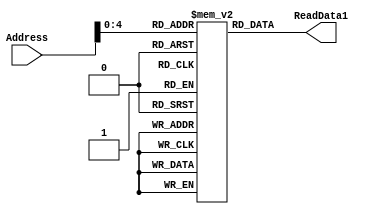
`timescale 1ns / 1ns

module Instruction_Memory(Address, ReadData1);
parameter BITSIZE = 32;
parameter REGSIZE = 32;
input [REGSIZE-1:0] Address;
output reg [BITSIZE-1:0] ReadData1;

reg [BITSIZE-1:0] memory_file [0:REGSIZE-1]; // Entire list of memory


// Asyncronous read of memory. Was not specified.
always @(Address, memory_file[Address])
begin
ReadData1 = memory_file[Address];
end

integer i;
// method of filling the memory instead of through a test bench
initial
begin
i = 0;

i = i+1;
memory_file[i] = 32'b000000000001_00000_110_00001_0010011; //ORI R1, R0, 1 R1 stores 1

i = i+1;
memory_file[i] = 32'b00000000000000000001_00010_0110111; //LUI R2, R2 stores 100000000000

i = i+1;
memory_file[i] = 32'b0000000_00010_00001_110_00011_0110011; //OR R3, R1, R2 R3 stores 100000000001

i = i+1;
memory_file[i] = 32'b0000000_00011_00001_111_00100_0110011; //AND R4, R1, R3 R4 stores 1

i = i+1;
memory_file[i] = 32'b0_000000_00100_00001_000_0010_0_1100011; //BEQ R1, R4, 2 should branch

i = i+1;
memory_file[i] = 32'b0000000_00010_00001_000_00001_0110011; //ADD R1, R1, R2 should skip instruction

i = i+1;
memory_file[i] = 32'b0_000000_00001_00010_100_0011_0_1100011; //BLT R2, R1, 3 should branch to here, not take branch

i = i+1;
memory_file[i] = 32'b0100000_00100_00001_000_00001_0110011; //SUB R1, R1, R4 R1 stores 0

i = i+1;
memory_file[i] = 32'b0000000_00011_00010_010_01111_0100011; //SW R3, 15(R1) Mem(15) stores 100000000001

i = i+1;
memory_file[i] = 32'b000000001111_00000_010_00001_0000011; //LW R1, 15(R0) load 100000000001 from Mem(15) to R1





end
endmodule